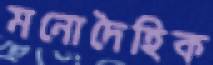
মনোদৈহিক